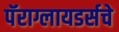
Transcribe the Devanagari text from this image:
पॅराग्लायडर्सचे